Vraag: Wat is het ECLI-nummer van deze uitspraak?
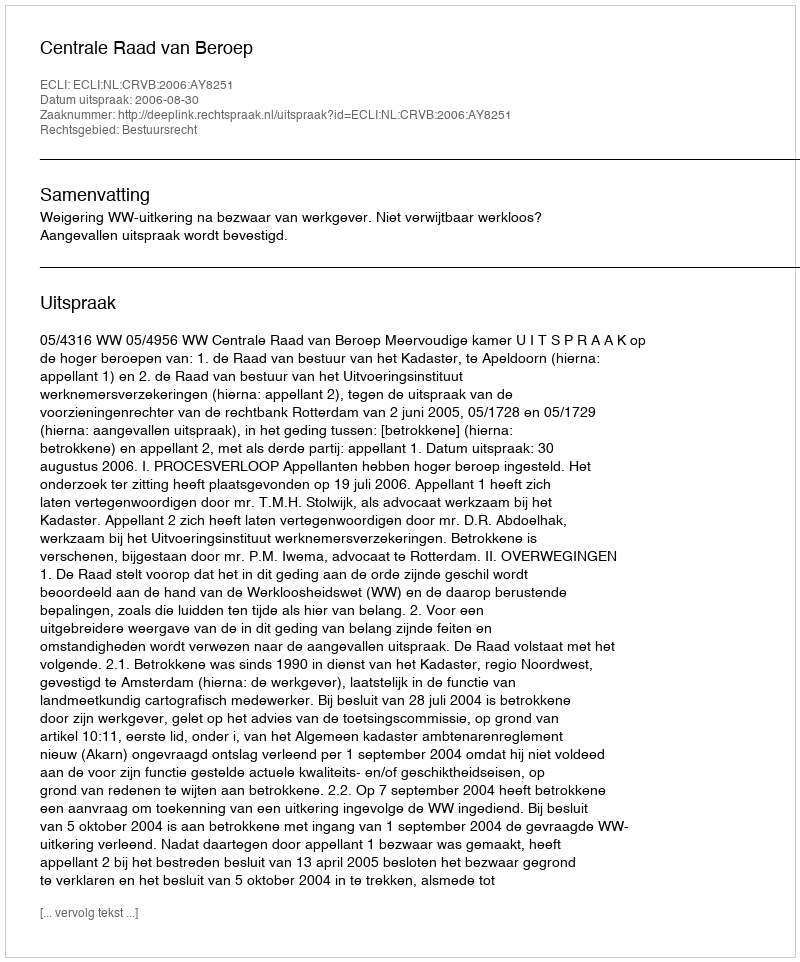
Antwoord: ECLI:NL:CRVB:2006:AY8251